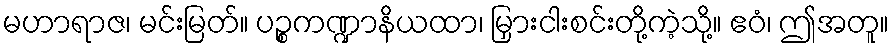
မဟာရာဇ၊ မင်းမြတ်။ ပဉ္စကဏ္ဍာနိယထာ၊ မြှားငါးစင်းတို့ကဲ့သို့။ ဧဝံ၊ ဤအတူ။